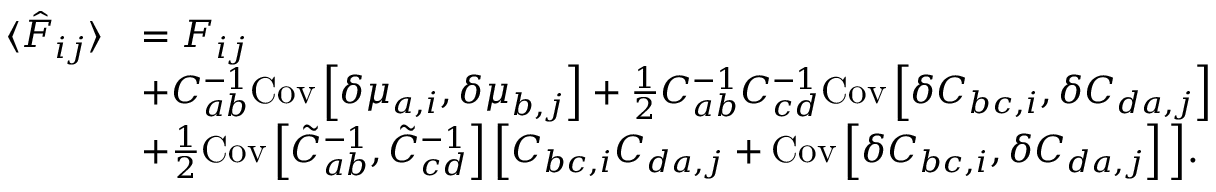
\begin{array} { r l } { \langle \hat { F } _ { i j } \rangle } & { = F _ { i j } } \\ & { + { C } _ { a b } ^ { - 1 } \mathrm { C o v } \left[ \delta { \mu } _ { a , i } , { \delta \mu } _ { b , j } \right] + \frac { 1 } { 2 } C _ { a b } ^ { - 1 } C _ { c d } ^ { - 1 } \mathrm { C o v } \left[ { \delta C } _ { b c , i } , { \delta C } _ { d a , j } \right] } \\ & { + \frac { 1 } { 2 } \mathrm { C o v } \left[ \tilde { C } _ { a b } ^ { - 1 } , \tilde { C } _ { c d } ^ { - 1 } \right] \Big [ { C } _ { b c , i } { C } _ { d a , j } + \mathrm { C o v } \left[ { \delta C } _ { b c , i } , { \delta C } _ { d a , j } \right] \Big ] . } \end{array}